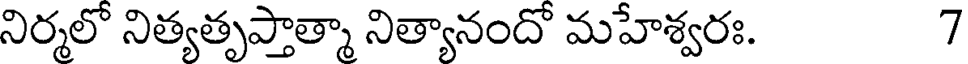
నిర్మలో నిత్యతృప్తాత్మా నిత్యానందో మహేశ్వరః. 7